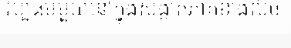
វប្បធម៌មួយនៅក្នុងសង្កាត់ភាគខាងលិច